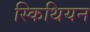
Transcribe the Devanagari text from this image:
स्किथियन